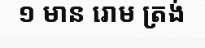
១ មាន រោម ត្រង់